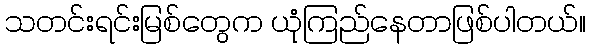
သတင်းရင်းမြစ်တွေက ယုံကြည်နေတာဖြစ်ပါတယ်။